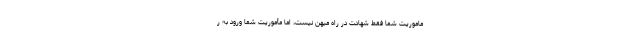
ماموریت شما فقط شهادت در راه میهن نیست، اما مأموریت شما ورود به ر